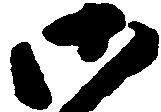
御